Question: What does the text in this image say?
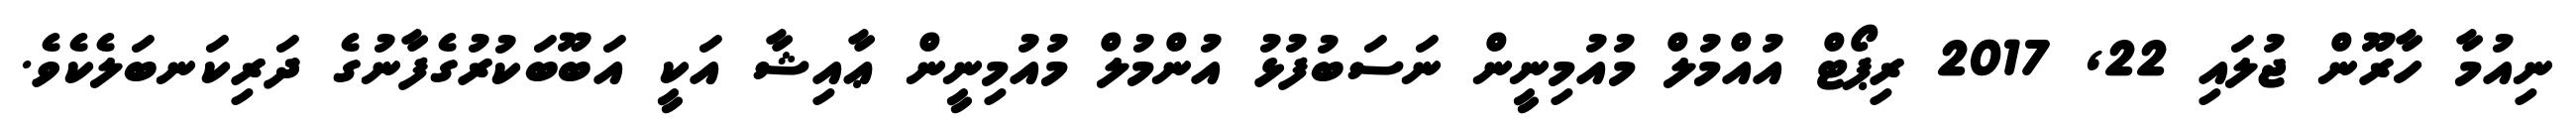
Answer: ނިއުމާ ހާރޫން ޖުލައި 22, 2017 ރިޕޯޓް އުއްމުލް މުއުމިނީން ނަސަބުފުޅު އުންމުލް މުއުމިނީން ޢާއިޝާ އަކީ އަބޫބަކުރުގެފާނުގެ ދަރިކަނބަލެކެވެ.